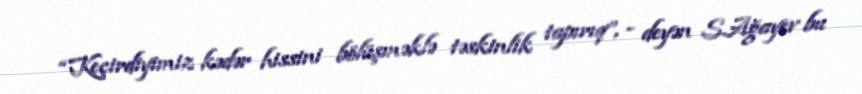
“Keçirdiyimiz kədər hissini bölüşməklə təskinlik tapırıq”, - deyən S.Ağayev bu